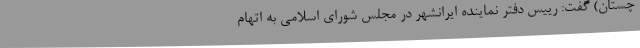
چستان) گفت: رییس دفتر نماینده ایرانشهر در مجلس شورای اسلامی به اتهام